Vaccination in Bombay 1889-1901 - 1889-1901
Year: 1889
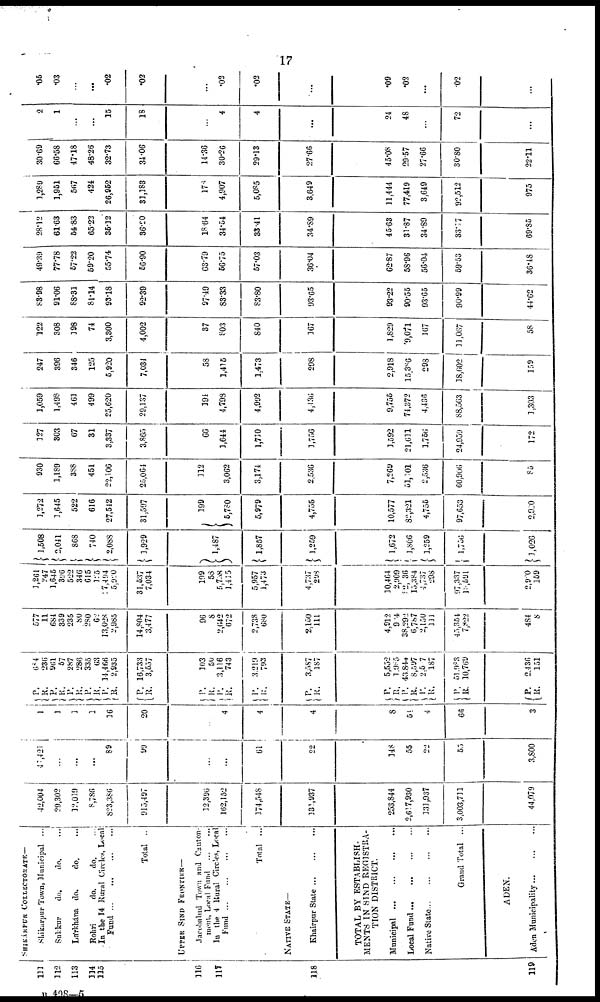
17
111
112
113
114
115
116
117
118
119
SHIKÁRPUR COLLECTORATE—
Shikarpur Town, Municipal ...
Sukkur
do.
do.
...
Lárkhána do.
do. ...
Rohri
do.
do. ...
In the 14 Rural Circles, Local
Fund...
...
...
...
Total ..
UPPER SIND FRONTIER—
Jacobabad Town and Canton-
ment, Loral Fund ... ...
In the 4 Rural Circle, Local
Fund... ... ... ...
Total ...
NATIVE STATE—
Khairpur
State...
...
...
TOTAL BY ESTABLISH-
MENTS IN SIND REGISTRA-
TION DISTRICT.
Municipal...
...
...
...
Local Fund
...
...
...
...
Native
State...
...
...
...
Grand Total ...
ADEN.
Aden
Municipality...
...
...
42,004
29,302
12,019
8,786
823,386
915,497
12,396
162,152
174,548
131,937
253,844
2,617,930
131,937
3,003,711
44,079
41,421
...
...
...
89
99
...
...
61
22
148
55
22
55
3,800
1
1
3
1
16
20
...
4
4
4
8
54
4
66
3
P.
R.
P.
R.
P.
R. P.
R.
P.
R.
P.
R.
684
236
961
57
287
286
335
63
14,466
2,935
16,733
3,557
P.
R. P.
R.
P.
R.
103
50
3,116
743
3,219
793
P.
R.
3,587
187
P.
R.
P.
R.
P.
R.
P.
R.
5,552
1,985
43,844
8,597
2,507
187
51,983
10,769
P.
R.
2,436
151
577
11
684
339
235
80
280
62
13,028
2,985
14,804
3,477
96
8
2,642
672
2,738
680
2,150
111
4,912
904
38,292
6,787
2,150
111
45,354
7,822
484
8
1,261
247
1,645
396
522
346
615
125
17,494
5,920
31,537
7,034
199
58
5,738
1,415
5,957
1,473
4,737
298
10,464
2,909
82,036
15,384
4 ,737
298
97,337
18,591
2,920
159
1,508
2,041
868
740
2,088
1,929
1,487
1,857
1,259
1,672
1,806
1,259
1,756
1,026
1,272
1,645
522
616
27,512
31,597
199
5,780
5,979
4,755
10,577
82,321
4,755
97,653
2,920
930
1,189
388
451
22,106
25,064
112
3,062
3,174
2,536
7,269
51,701
2,536
60,906
85
127
303
67
31
3,337
3,865
66
1,644
1,710
1,756
1,592
21,611
1,756
24,950
172
1,059
1,498
461
499
25,620
29,137
194
4,798
4,992
4,436
9,755
74,372
4,436
88,563
1,303
247
396
346
125
5,920
7,034
58
1,415
1,473
298
2,918
15,386
298
18,602
159
122
308
198
74
3,300
4,002
37
803
840
167
1,829
9,071
167
11,067
58
83.98
91.06
88.31
81.14
93.18
92.39
97.49
83.33
83.80
93.65
93.22
90.55
93.65
90.99
44.62
49.39
77.78
57.22
59.20
55.74
56.90
63.79
56.75
57.03
36.04
62.87
58.96
56.04
59.53
36.48
28.12
61.63
54.83
65.23
35.12
36.20
18.64
34.54
33.41
34.89
45.63
31.87
34.89
33.17
69.85
1,289
1,951
567
424
26,952
31,183
178
4,907
5,085
3,649
11,444
77,419
3,649
92,512
975
30.69
66.58
47.18
48.26
32.73
34.06
14.36
30.26
29.13
27.66
45.08
29.57
27.66
30.80
22.11
2
1
...
...
15
18
...
4
4
...
24
48
...
72
...
.05
.03
...
...
.02
.02
...
.02
.02
...
.09
.02
...
.02
...
B 498—5